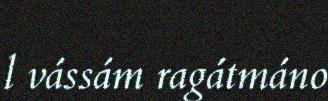
l vássám ragátmáno